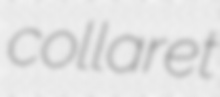
collaret